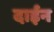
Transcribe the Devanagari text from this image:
दाईन